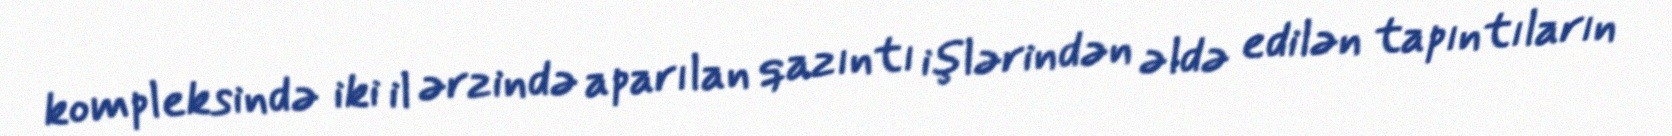
kompleksində iki il ərzində aparılan qazıntı işlərindən əldə edilən tapıntıların